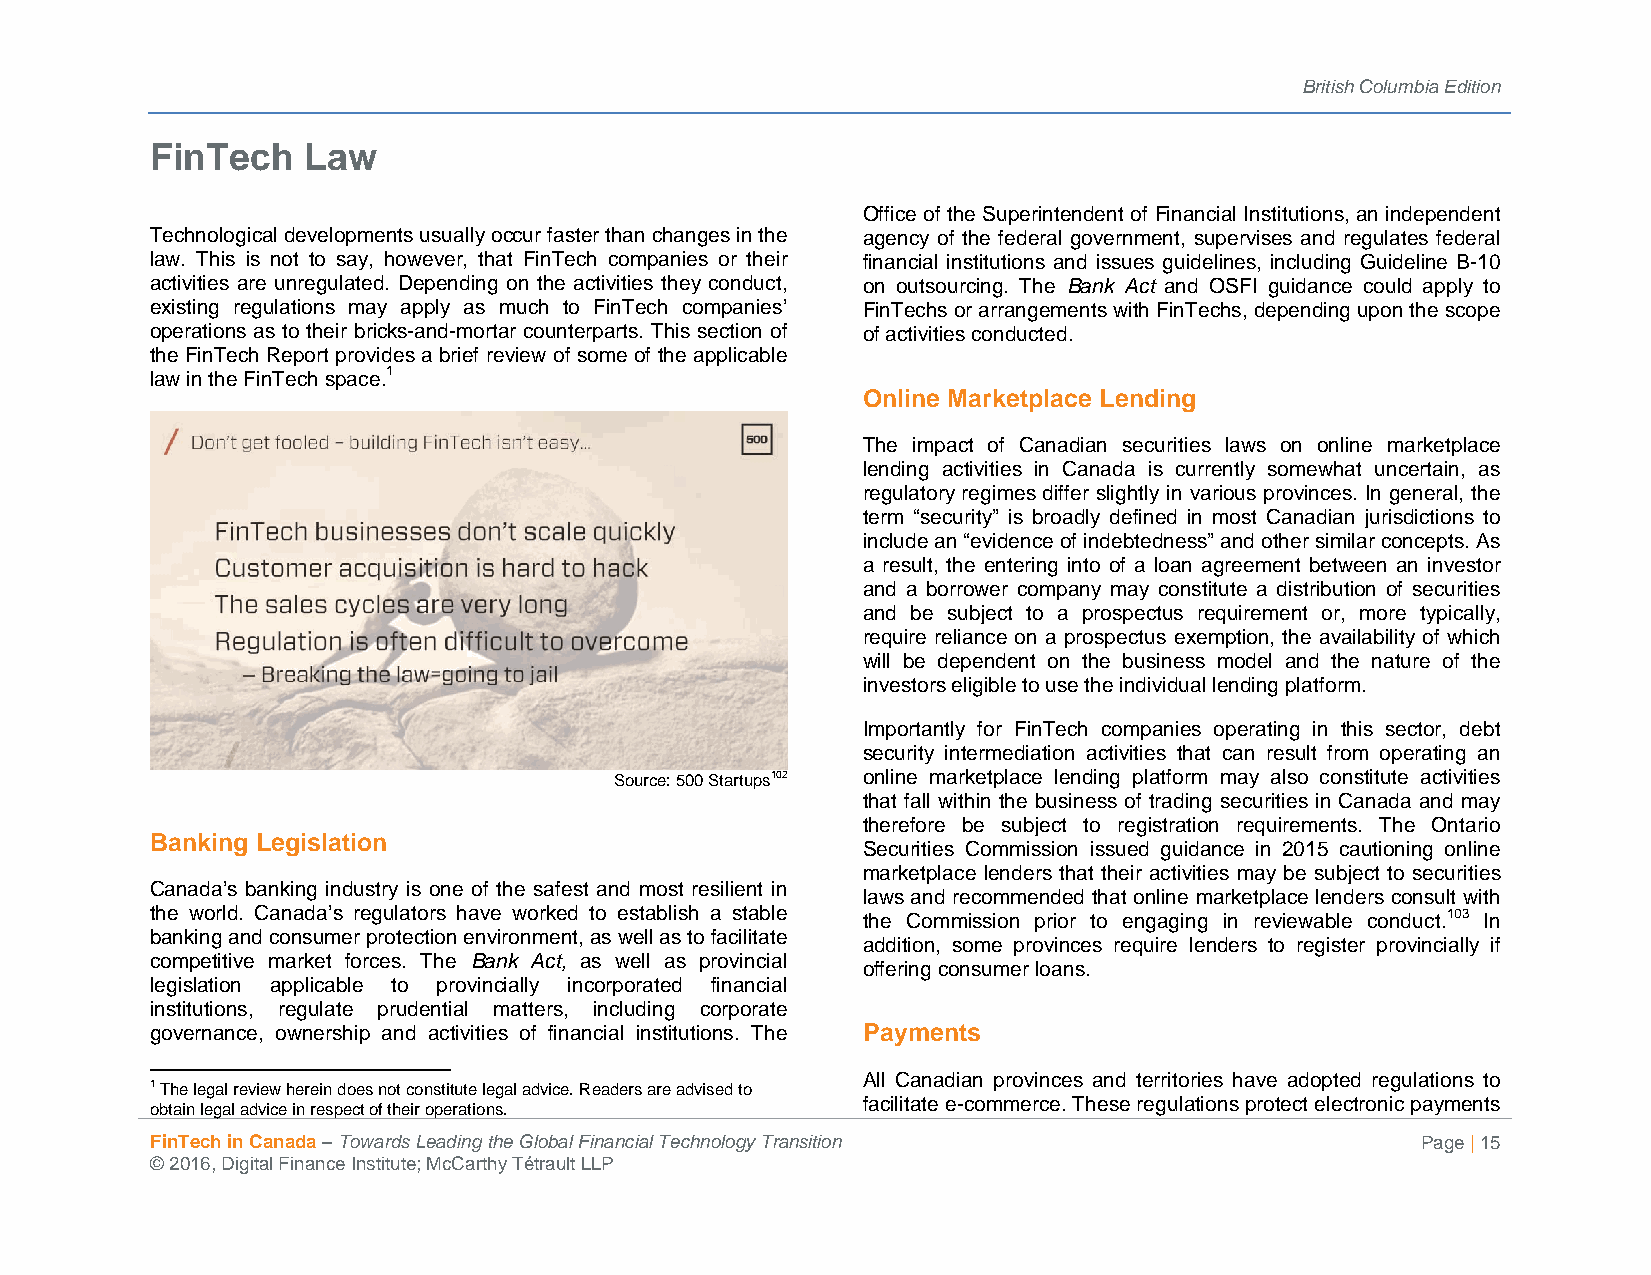
British Columbia Edition
 FinTech   Law
 Office of the Superintendent of Financial Institutions, an independent
 Technological developments usually occur faster than changes in the agency of the federal government, supervises and regulates federal
 law. This is not to say, however, that FinTech companies or their financial institutions and issues guidelines, including Guideline B-10
 activities are unregulated. Depending on the activities they conduct, on outsourcing. The Bank Act and OSFI guidance could apply to
 existing regulations may apply as much to FinTech companies’ FinTechs or arrangements with FinTechs, depending upon the scope
 operations as to their bricks-and-mortar counterparts. This section of of activities conducted.
 the FinTech Report provides a brief review of some of the applicable
 law in the FinTech space.1
 Online Marketplace Lending
 The impact of Canadian securities laws on online marketplace
 lending activities in Canada is currently somewhat uncertain, as
 regulatory regimes differ slightly in various provinces. In general, the
 term “security” is broadly defined in most Canadian jurisdictions to
 include an “evidence of indebtedness” and other similar concepts. As
 a result, the entering into of a loan agreement between an investor
 and a borrower company may constitute a distribution of securities
 and be subject to a prospectus requirement or, more typically,
 require reliance on a prospectus exemption, the availability of which
 will be dependent on the business model and the nature of the
 investors eligible to use the individual lending platform.
 Importantly for FinTech companies operating in this sector, debt
 security intermediation activities that can result from operating an
 Source: 500 Startups102 online marketplace lending platform may also constitute activities
 that fall within the business of trading securities in Canada and may
 therefore be subject to registration requirements. The Ontario
 Banking Legislation
 Securities Commission issued guidance in 2015 cautioning online
 marketplace lenders that their activities may be subject to securities
 Canada’s banking industry is one of the safest and most resilient in
 laws and recommended that online marketplace lenders consult with
 the world. Canada’s regulators have worked to establish a stable the Commission prior to engaging in reviewable conduct.103 In
 banking and consumer protection environment, as well as to facilitate
 addition, some provinces require lenders to register provincially if
 competitive market forces. The Bank Act, as well as provincial
 offering consumer loans.
 legislation applicable to provincially incorporated financial
 institutions, regulate prudential matters, including corporate
 governance, ownership and activities of financial institutions. The Payments
 All Canadian provinces and territories have adopted regulations to
 1 The legal review herein does not constitute legal advice. Readers are advised to
 facilitate e-commerce. These regulations protect electronic payments
 obtain legal advice in respect of their operations.
 FinTech in Canada – Towards Leading the Global Financial Technology Transition      Page | 15
 © 2016, Digital Finance Institute; McCarthy Tétrault LLP